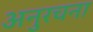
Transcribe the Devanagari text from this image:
अनुरचना